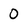
Character: 0